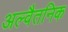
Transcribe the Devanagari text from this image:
अल्वैतनिक